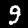
Label: 9